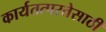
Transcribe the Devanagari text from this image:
कार्यतत्परतेसाठी